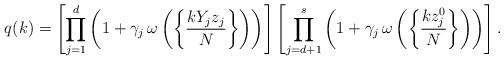
LaTeX: \begin{align*}q(k)&=\left[\prod_{j=1}^{d} \left( 1 + \gamma_j \, \omega\left( \left\{ \frac{k Y_j z_j}{N} \right\} \right) \right)\right]\left[\prod_{j=d+1}^{s} \left( 1 + \gamma_j \, \omega\left( \left\{ \frac{k z_j^0}{N} \right\} \right) \right)\right] .\end{align*}